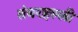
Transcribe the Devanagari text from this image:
तंबरहल्ली